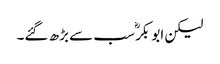
لیکن ابو بکرؓ سب سے بڑھ گئے۔